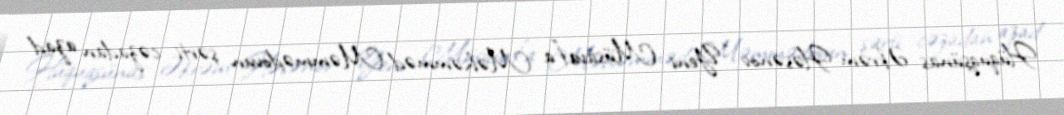
Hüquqşünas Əkrəm Həsənov “Yeni Müsavat”a Məhəmməd Məmmədovun şərti cəzadan azad